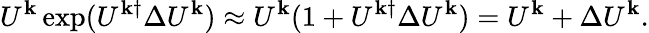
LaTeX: U^{\mathbf{k}}\exp(U^{\mathbf{k}\dagger}\Delta U^{\mathbf{k}})\approx U^{\mathbf{k}}(1+U^{\mathbf{k}\dagger}\Delta U^{\mathbf{k}})=U^{\mathbf{k}}+\Delta U^{\mathbf{k}}.